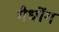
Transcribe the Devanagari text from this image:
गैधोंग